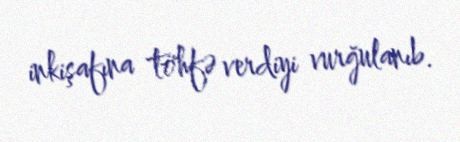
inkişafına töhfə verdiyi vurğulanıb.